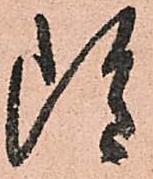
雖